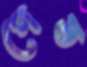
গেড